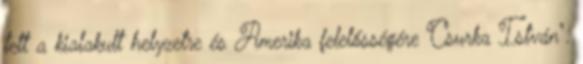
tett a kialakult helyzetre és Amerika felelősségére Csurka István".